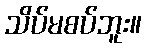
သိပ်မစပ်ဘူး။